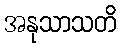
အနုသာသတိ